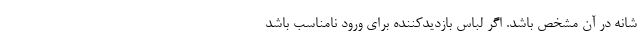
شانه در آن مشخص باشد. اگر لباس بازدیدکننده برای ورود نامناسب باشد